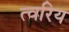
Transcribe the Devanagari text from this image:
त्वरिय